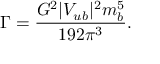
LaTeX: \Gamma = \frac { G ^ { 2 } | V _ { u b } | ^ { 2 } m _ { b } ^ { 5 } } { 1 9 2 \pi ^ { 3 } } .